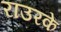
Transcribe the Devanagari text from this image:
राउरके